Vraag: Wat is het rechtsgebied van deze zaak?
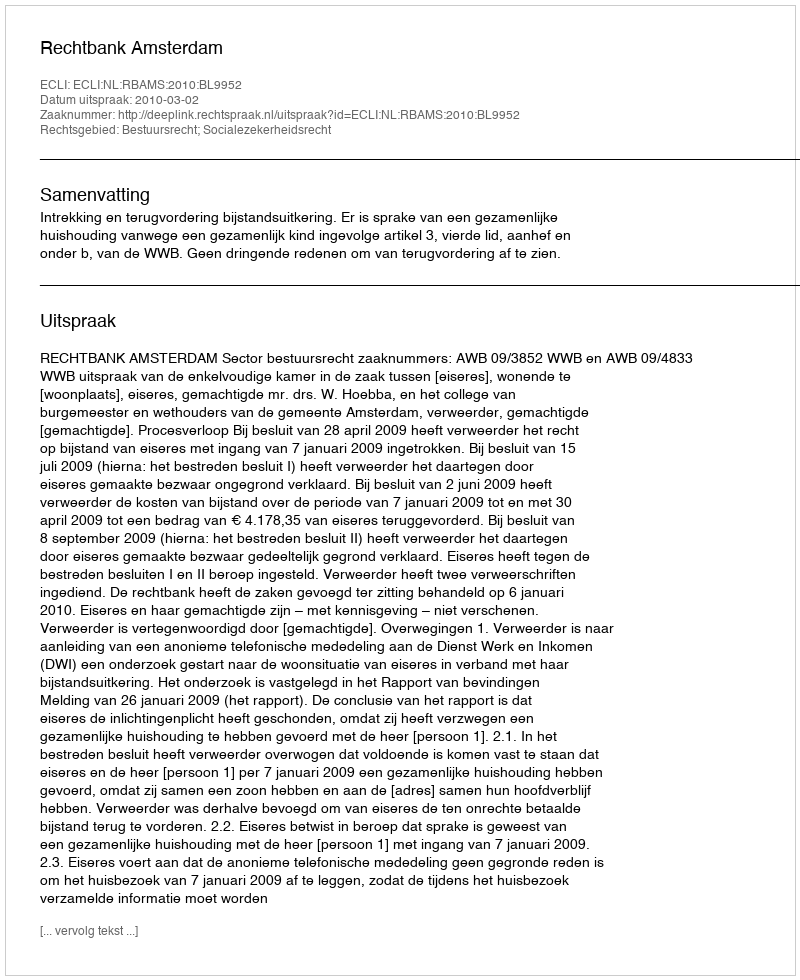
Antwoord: Bestuursrecht; Socialezekerheidsrecht